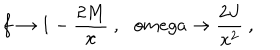
f \rightarrow 1 - \frac { 2 M } { x } \ , \ \ \, o m e g a \rightarrow \frac { 2 J } { x ^ { 2 } } \ ,